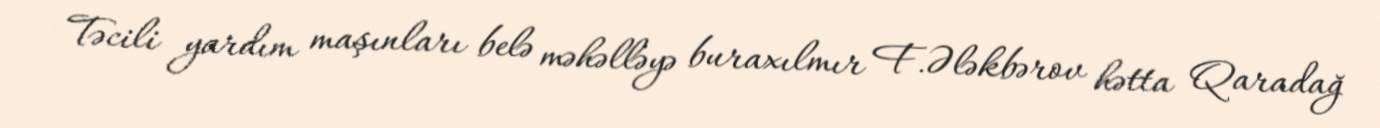
Təcili yardım maşınları belə məhəlləyə buraxılmır F.Ələkbərov hətta Qaradağ